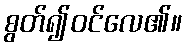
စွတ်၍ဝင်လေ၏။